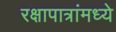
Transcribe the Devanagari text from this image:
रक्षापात्रांमध्ये